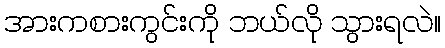
အားကစားကွင်းကို ဘယ်လို သွားရလဲ။